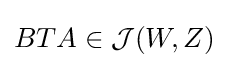
BTA\in {\mathcal {J}}(W,Z)